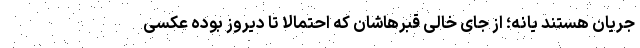
جریان هستند یانه؛ از جای خالی قبرهاشان که احتمالا تا دیروز بوده عکسی